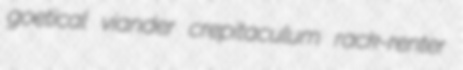
goetical viander crepitaculum rack-renter